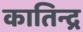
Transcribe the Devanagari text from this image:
कातिन्द्र